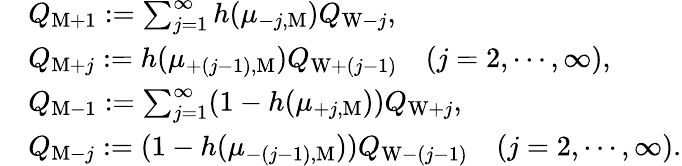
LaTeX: \begin{array}{rl}&{Q_{\mathrm{M}+1}:=\sum_{j=1}^{\infty}h(\mu_{-j,\mathrm{M}})Q_{\mathrm{W}-j},}\\ &{Q_{\mathrm{M}+j}:=h(\mu_{+(j-1),\mathrm{M}})Q_{\mathrm{W}+(j-1)}\quad(j=2,\cdots,\infty),}\\ &{Q_{\mathrm{M}-1}:=\sum_{j=1}^{\infty}(1-h(\mu_{+j,\mathrm{M}}))Q_{\mathrm{W}+j},}\\ &{Q_{\mathrm{M}-j}:=(1-h(\mu_{-(j-1),\mathrm{M}}))Q_{\mathrm{W}-(j-1)}\quad(j=2,\cdots,\infty).}\end{array}